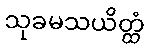
သုခမသယိတ္ထံ